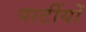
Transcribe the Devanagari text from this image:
पार्टीयों